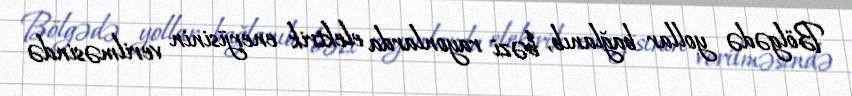
Bölgədə yollar bağlanıb, bəzi rayonlarda elektrik enerjisinin verilməsində